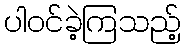
ပါဝင်ခဲ့ကြသည့်